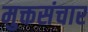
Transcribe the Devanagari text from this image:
मुक्तसंचार